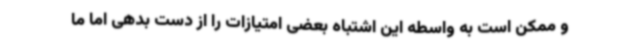
و ممکن است به واسطه این اشتباه بعضی امتیازات را از دست بدهی اما ما